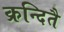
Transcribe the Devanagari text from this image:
क्रन्दितै